Report on vaccination in the Province of Bengal - 1869-1873
Year: 1869
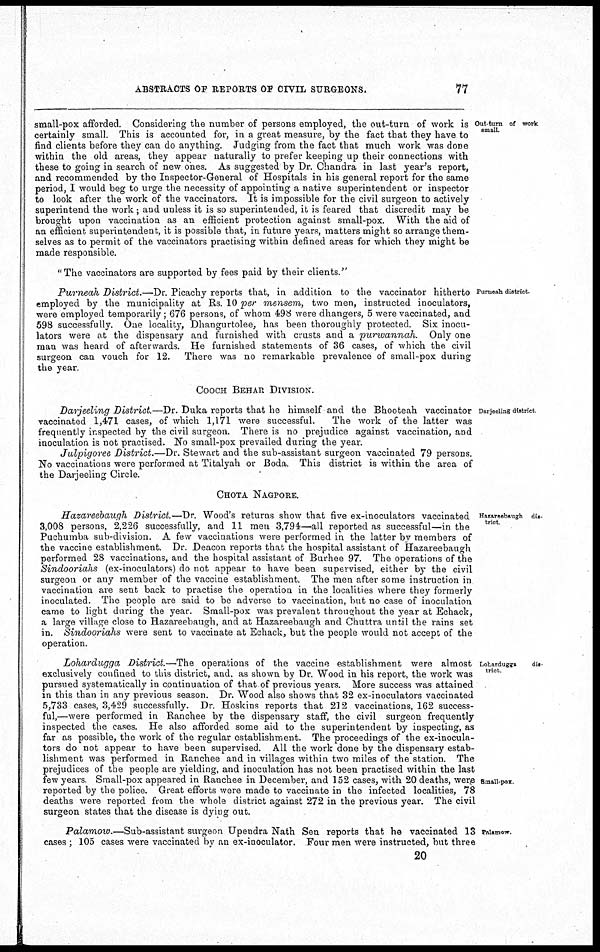
ABSTRACTS OF REPORTS OF CIVIL SURGEONS.
77
Out turn of work
small.
small-pox afforded. Considering the number of persons employed, the out-turn of work is
certainly small. This is accounted for, in a great measure, by the fact that they have to
find clients before they can do anything. Judging from the fact that much work was done
within the old areas, they appear naturally to prefer keeping up their connections with
these to going in search of new ones. As suggested by Dr. Chandra in last year's report,
and recommended by the Inspector-General of Hospitals in his general report for the same
period, I would beg to urge the necessity of appointing a native superintendent or inspector
to look after the work of the vaccinators. It is impossible for the civil surgeon to actively
superintend the work; and unless it is so superintended, it is feared that discredit may be
brought upon vaccination as an efficient protection against small-pox. With the aid of
an efficient superintendent, it is possible that, in future years, matters might so arrange them-
selves as to permit of the vaccinators practising within defined areas for which they might be
made responsible.
"The vaccinators are supported by fees paid by their clients."
Purneah district
Purneah District.—Dr. Picachy reports that, in addition to the vaccinator hitherto
employed by the municipality at Rs. 10 per mensem, two men, instructed inoculators,
were employed temporarily; 676 persons, of whom 498 were dhangers, 5 were vaccinated, and
598 successfully. One locality, Dhangurtolee, has been thoroughly protected. Six inocu-
lators were at the dispensary and furnished with crusts and a purwannah.
Only one
man was heard of afterwards. He furnished statements of 36 cases, of which the civil
surgeon can vouch for 12. There was no remarkable prevalence of small-pox during
the year.
COOCH BEHAR DIVISION.
Darjeeling district
Darjeeling District.—Dr. Duka reports that he himself and the Bhooteah vaccinator
vaccinated 1,471 cases, of which 1,171 were successful.
The work of the latter was
frequently inspected by the civil surgeon. There is no prejudice against vaccination, and
inoculation is not practised. No small-pox prevailed during the year.
Julpigoree District.—Dr. Stewart and the sub-assistant surgeon vaccinated 79 persons.
No vaccinations were performed at Titalyah or Boda. This district is within the area of
the Darjeeling Circle.
CHOTA NAGPORE.
Hazareebaugh dis-
trict
Hazareebaugh District.—Dr. Wood's returns show that five ex-inoculators vaccinated
3,008 persons, 2,226 successfully, and 11 men 3,794—all reported as successful—in the
Puchumba sub-division. A few vaccinations were performed in the latter by members of
the vaccine establishment. Dr. Deacon reports that the hospital assistant of Hazareebaugh
performed 28 vaccinations, and the hospital assistant of Burhee 97. The operations of the
Sindooriahs (ex-inoculators) do not appear to have been supervised, either by the civil
surgeon or any member of the vaccine establishment. The men after some instruction in
vaccination are sent back to practise the operation in the localities where they formerly
inoculated. The people are said to be adverse to vaccination, but no case of inoculation
came to light during the year. Small-pox was prevalent throughout the year at Echack,
a large village close to Hazareebaugh, and at Hazareebaugh and Chuttra until the rains set
in. Sindooriahs were sent to vaccinate at Echack, but the people would not accept of the
operation.
Lohardugga
dis-
trict.
Small-pox.
Lohardugga District.—The operations of the vaccine establishment were almost
exclusively confined to this district, and. as shown by Dr. Wood in his report, the work was
pursued systematically in continuation of that of previous years. More success was attained
in this than in any previous season. Dr. Wood also shows that 32 ex-inoculators vaccinated
5,733 cases, 3,429 successfully. Dr. Hoskins reports that 212 vaccinations, 162 success-
ful,—were performed in Ranchee by the dispensary staff, the civil surgeon frequently
inspected the cases. He also afforded some aid to the superintendent by inspecting, as
far as possible, the work of the regular establishment. The proceedings of the ex-inocula-
tors do not appear to have been supervised. All the work done by the dispensary estab-
lishment was performed in Ranchee and in villages within two miles of the station. The
prejudices of the people are yielding, and inoculation has not been practised within the last
few years Small-pox appeared in Ranchee in December, and 152 cases, with 20 deaths, were
reported by the police. Great efforts were made to vaccinate in the infected localities, 78
deaths were reported from the whole district against 272 in the previous year. The civil
surgeon states that the disease is dying out.
Palamow.
Palamow.—Sub-assistant
surgeon Upendra Nath Sen reports that he vaccinated 13
cases ; 105 cases were vaccinated by an ex-inoculator. Four men were instructed, but three
20